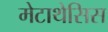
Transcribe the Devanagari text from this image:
मेटाथेसिस